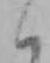
く